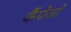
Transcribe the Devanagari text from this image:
कैंपेज़ो